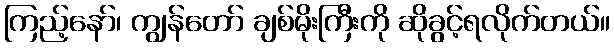
ကြည့်နော်၊ ကျွန်တော် ချစ်မိုးကြီးကို ဆိုခွင့်ရလိုက်တယ်။